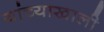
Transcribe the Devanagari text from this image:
यांच्याखाली